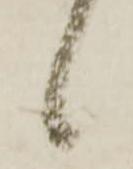
候